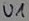
Text: U1